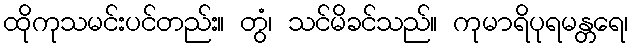
ထိုကုသမင်းပင်တည်း။ တွံ၊ သင်မိခင်သည်။ ကုမာရိပုရမန္တရေ၊